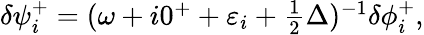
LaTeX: \begin{array}{r}{\delta\psi_{i}^{+}=(\omega+i0^{+}+\varepsilon_{i}+\frac 12\Delta)^{-1}\delta\phi_{i}^{+},}\end{array}